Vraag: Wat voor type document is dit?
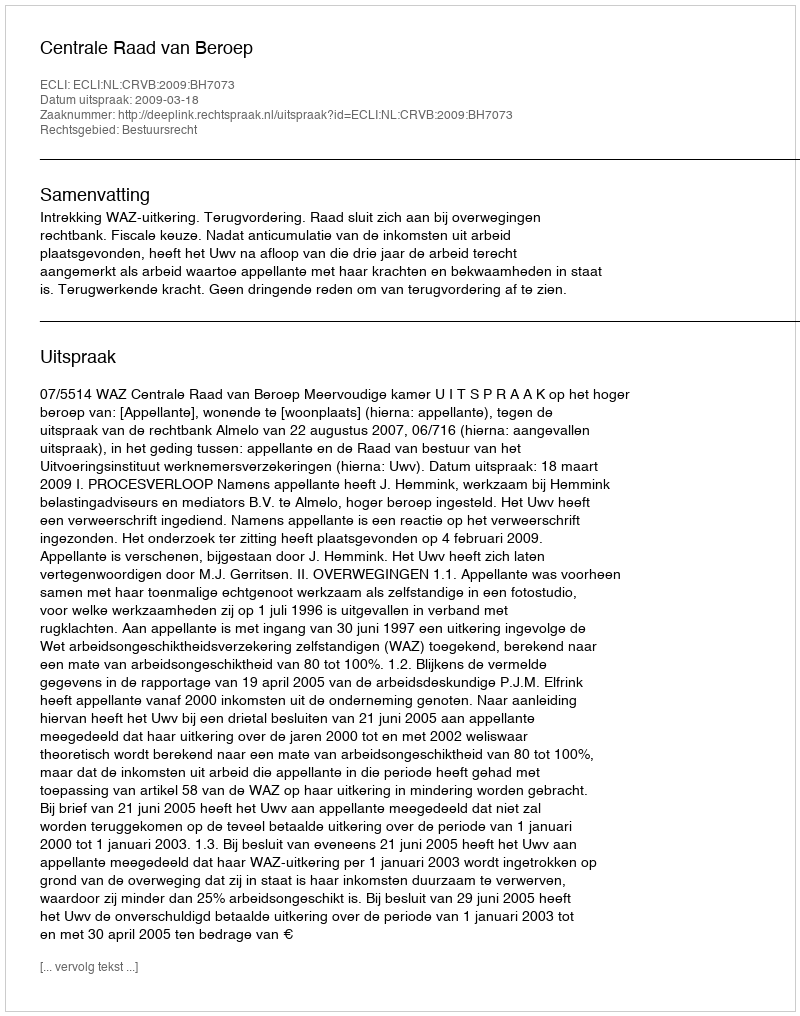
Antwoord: Uitspraak